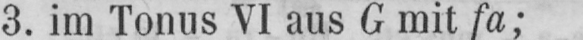
3. im Tonus VI aus G mit fa;